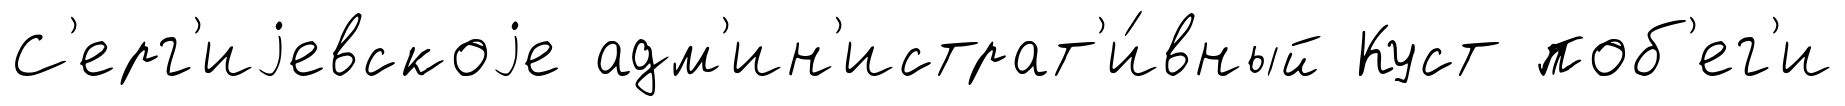
С'ерг'иjевскоjе адм'ин'истрат'и́вный Куст поб'ег'и